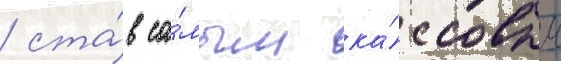
/ ста́в са́мым ка́ссовым